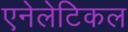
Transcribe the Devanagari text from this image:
एनेलेटिकल